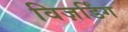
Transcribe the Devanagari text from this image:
विज़र्डिंग